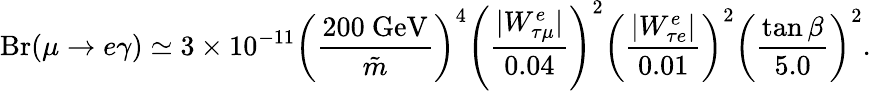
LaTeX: \mathrm{Br}(\mu\rightarrow e\gamma)\simeq 3\times 10^{-11}\left(\frac{200~\mathrm{GeV}}{\tilde{m}}\right)^{4}\left(\frac{|W_{\tau\mu}^{e}|}{0.04}\right)^{2}\left(\frac{|W_{\tau e}^{e}|}{0.01}\right)^{2}\left(\frac{\tan\beta}{5.0}\right)^{2}.